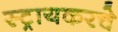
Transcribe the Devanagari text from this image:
स्ट्रायकरचे